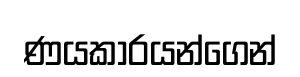
ණයකාරයන්ගෙන්